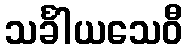
သင်္ခါယသေဝီ